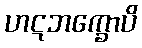
ဟဋဘက္ခောပိ